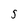
Character: S